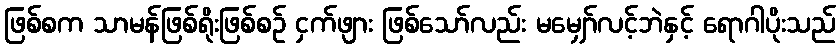
ဖြစ်စက သာမန်ဖြစ်ရိုးဖြစ်စဉ် ငှက်ဖျား ဖြစ်သော်လည်း မမျှော်လင့်ဘဲနှင့် ရောဂါပိုးသည်